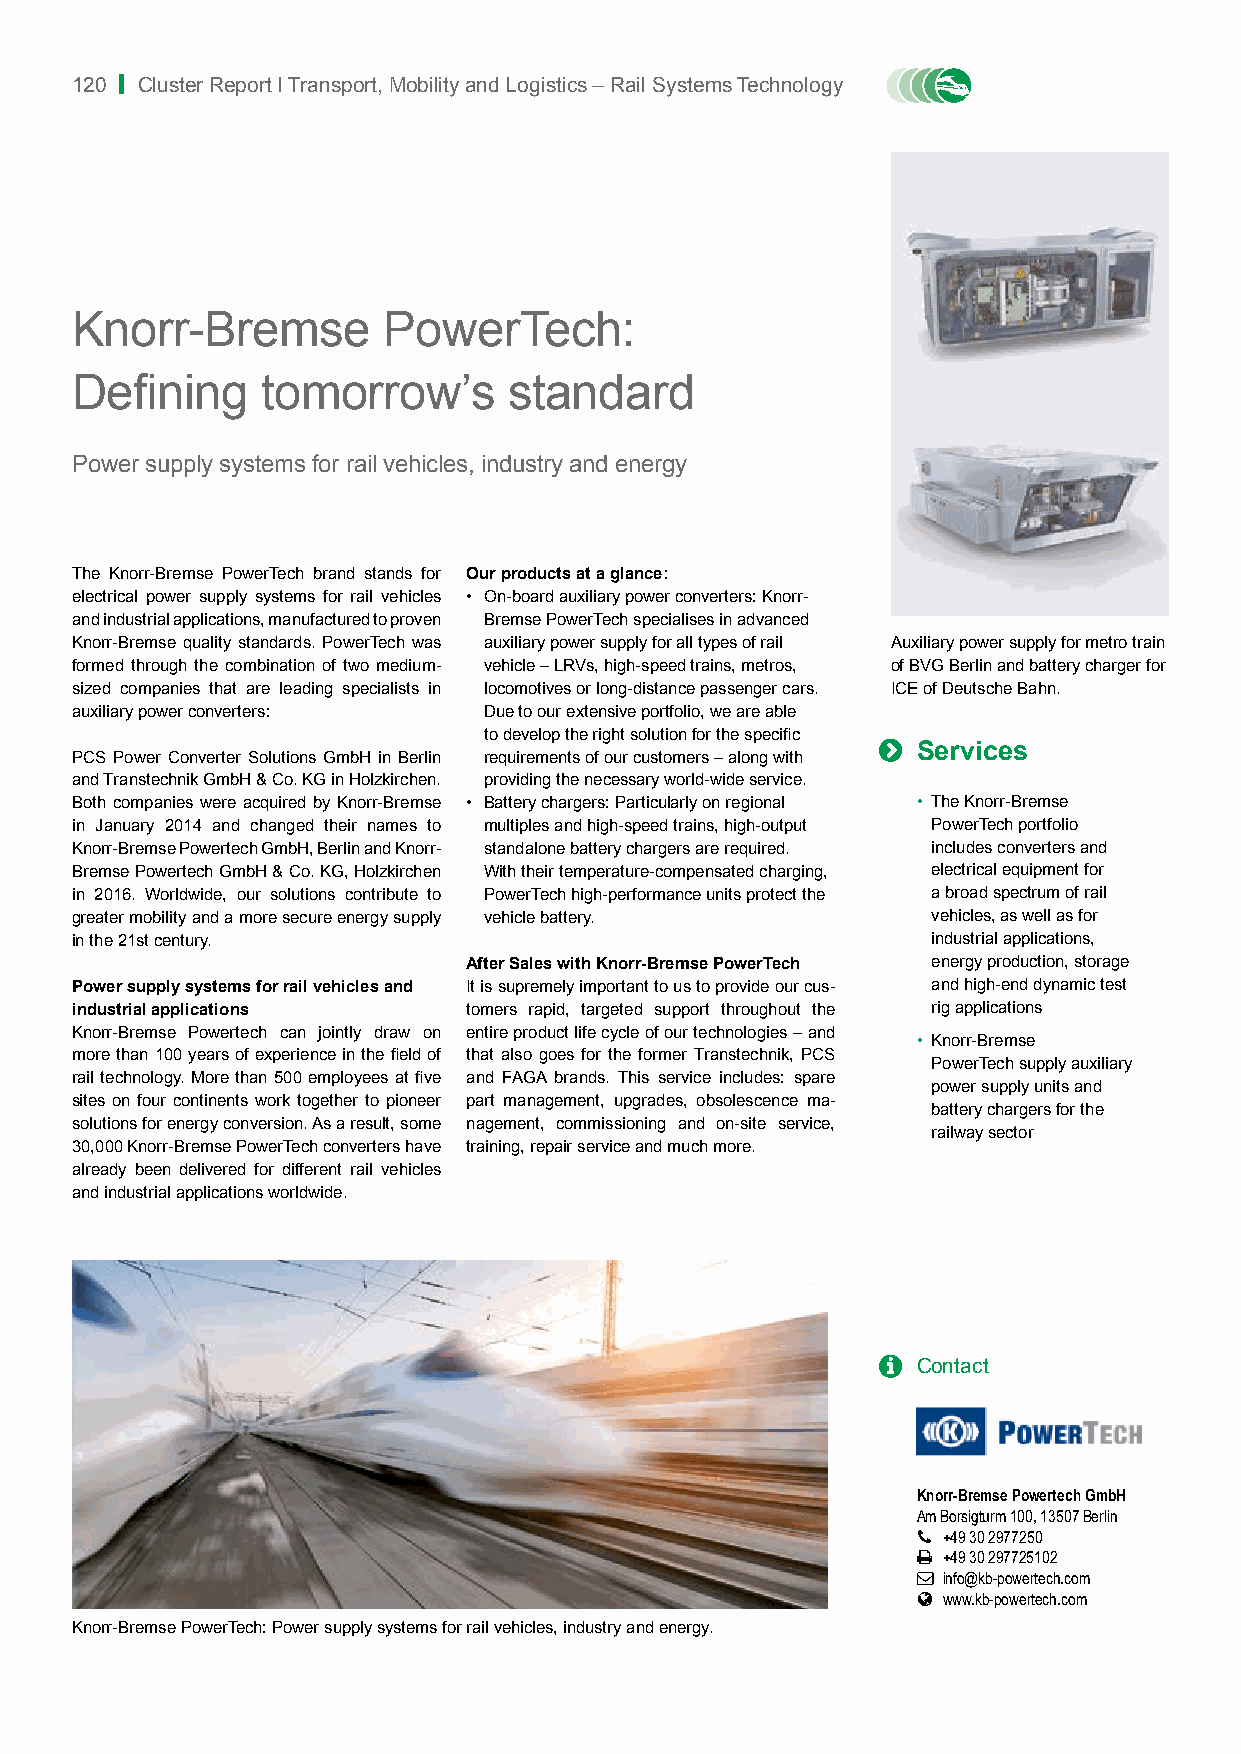
120 | Cluster Report I Transport, Mobility and Logistics – Rail Systems Technology
 Knorr-Bremse        PowerTech:
 Defining    tomorrow’s       standard
 Power supply systems for rail vehicles, industry and energy
 The Knorr-Bremse PowerTech brand stands for Our products at a glance:
 electrical power supply systems for rail vehicles • On-board auxiliary power converters: Knorr-
 and industrial applications, manufactured to proven Bremse PowerTech specialises in advanced
 Knorr-Bremse quality standards. PowerTech was auxiliary power supply for all types of rail Auxiliary power supply for metro train
 formed through the combination of two medium- vehicle – LRVs, high-speed trains, metros, of BVG Berlin and battery charger for
 sized companies that are leading specialists in locomotives or long-distance passenger cars. ICE of Deutsche Bahn.
 auxiliary power converters: Due to our extensive portfolio, we are able
 to develop the right solution for the specific
 
 Services
 PCS Power Converter Solutions GmbH in Berlin requirements of our customers – along with
 and Transtechnik GmbH & Co. KG in Holzkirchen. providing the necessary world-wide service.
 Both companies were acquired by Knorr-Bremse • Battery chargers: Particularly on regional • The Knorr-Bremse
 in January 2014 and changed their names to multiples and high-speed trains, high-output PowerTech portfolio
 Knorr-Bremse Powertech GmbH, Berlin and Knorr- standalone battery chargers are required. includes converters and
 Bremse Powertech GmbH & Co. KG, Holzkirchen With their temperature-compensated charging, electrical equipment for
 in 2016. Worldwide, our solutions contribute to PowerTech high-performance units protect the a broad spectrum of rail
 greater mobility and a more secure energy supply vehicle battery. vehicles, as well as for
 in the 21st century.                                     industrial applications,
 After Sales with Knorr-Bremse PowerTech energy production, storage
 Power supply systems for rail vehicles and It is supremely important to us to provide our cus- and high-end dynamic test
 industrial applications   tomers rapid, targeted support throughout the rig applications
 Knorr-Bremse Powertech can jointly draw on entire product life cycle of our technologies – and
 • Knorr-Bremse
 more than 100 years of experience in the field of that also goes for the former Transtechnik, PCS
 PowerTech supply auxiliary
 rail technology. More than 500 employees at five and FAGA brands. This service includes: spare
 power supply units and
 sites on four continents work together to pioneer part management, upgrades, obsolescence ma-
 battery chargers for the
 solutions for energy conversion. As a result, some nagement, commissioning and on-site service,
 railway sector
 30,000 Knorr-Bremse PowerTech converters have training, repair service and much more.
 already been delivered for different rail vehicles
 and industrial applications worldwide.
   Contact
 Knorr-Bremse Powertech GmbH
 Am Borsigturm 100, 13507 Berlin
  +49 30 2977250
  +49 30 297725102
  info@kb-powertech.com
  www.kb-powertech.com
 Knorr-Bremse PowerTech: Power supply systems for rail vehicles, industry and energy.